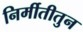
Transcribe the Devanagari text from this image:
निर्मीतीतुन